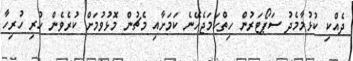
ދެއްކި ކުޅުމާމެދު ސަޕޯޓަރުން ހިތްހަމަޖެހޭނެ ކަމަށާއި މެޗުން މޮޅުވުމަށް ކުރެވެން ހުރި ހުރިހާ